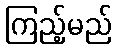
ကြည့်မည်